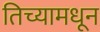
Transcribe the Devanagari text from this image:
तिच्यामधून